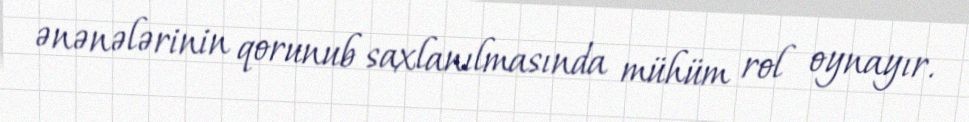
ənənələrinin qorunub saxlanılmasında mühüm rol oynayır.